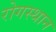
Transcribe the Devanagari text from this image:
रोगस्थान